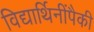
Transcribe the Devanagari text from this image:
विद्यार्थिनींपैकी